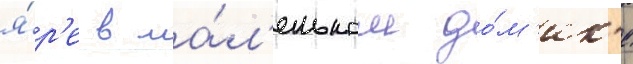
я́р'е в ма́л'еньком до́м'ик'е